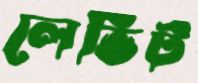
লেভিট